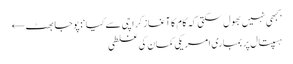
’کبھی نہیں بھول سکتی کہ کام کا آغاز کراچی سے کیا‘: پوجا بھٹ ←
ہسپتال پر بمباری امریکی کمان کی غلطی